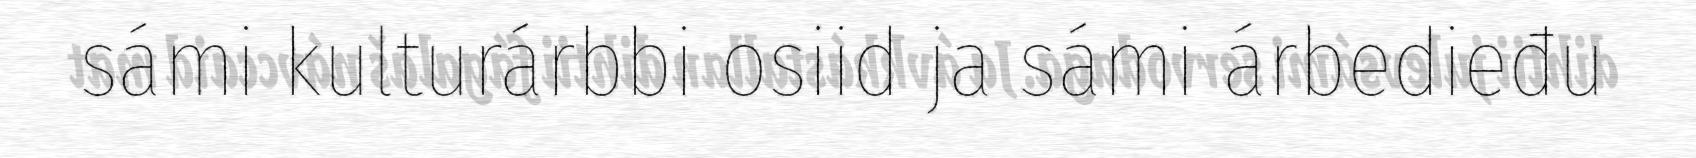
sámi kulturárbbi osiid ja sámi árbedieđu